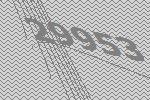
29953